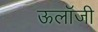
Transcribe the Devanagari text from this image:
ऊलॉजी